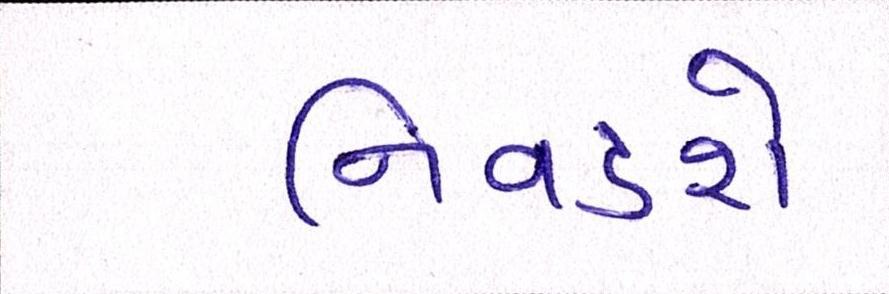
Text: નિવડશે